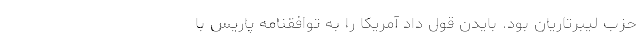
حزب لیبرتاریان بود. بایدن قول داد آمریکا را به توافقنامه پاریس با